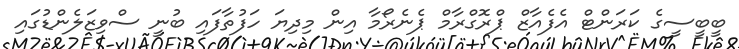
ބީބީސީގެ ކަރަންޓް އެފެއާޒް ޕްރޮގްރާމް ޕެނެރޯމާ އިން މިދިޔަ ހަފުތާފައި ބުނީ ސްވިޒަލެންޑުގައި